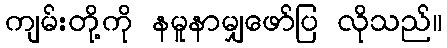
ကျမ်းတို့ကို နမူနာမျှဖော်ပြ လိုသည်။